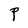
Character: P